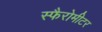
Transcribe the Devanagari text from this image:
स्फैरोमीटर